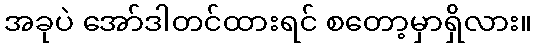
အခုပဲ အော်ဒါတင်ထားရင် စတော့မှာရှိလား။